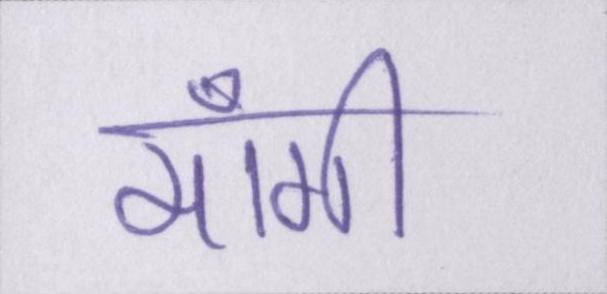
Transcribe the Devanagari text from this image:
माँगी